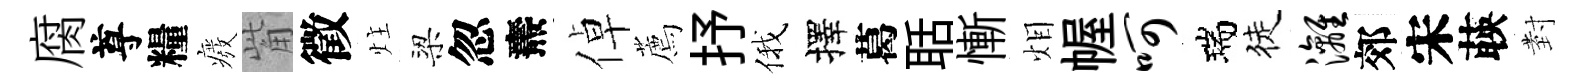
腐尊糧癈觜徵炷梁忽燾倬薦抒俄擇葛聒慚𤇆幄呵瑞徒漓郊宋𦴤𭔹